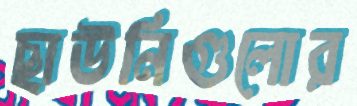
ছাউনিগুলোর